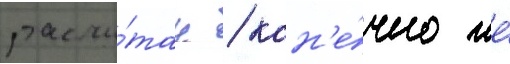
рассчи́тан / кон'е́чно же́